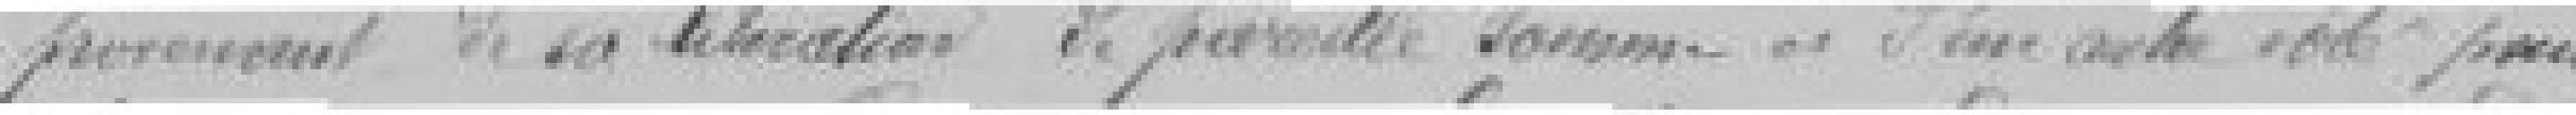
provenant de sa libération de pareille somme et d'un autre côté pour